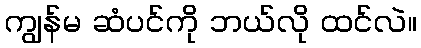
ကျွန်မ ဆံပင်ကို ဘယ်လို ထင်လဲ။